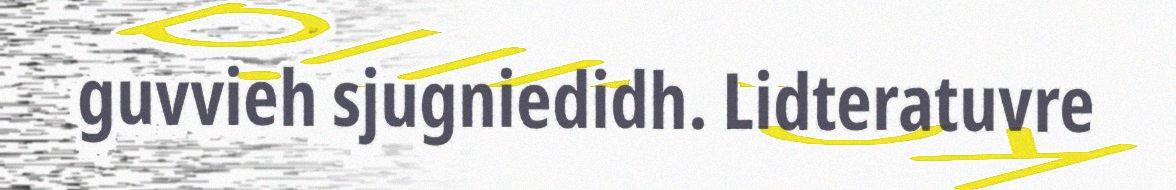
guvvieh sjugniedidh. Lidteratuvre